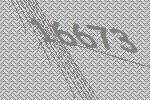
16673